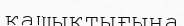
кашықтығына